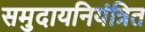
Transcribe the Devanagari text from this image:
समुदायनियंत्रित